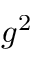
g ^ { 2 }